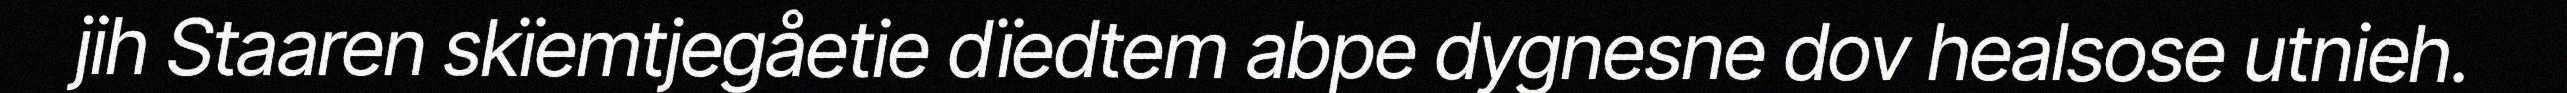
jih Staaren skïemtjegåetie dïedtem abpe dygnesne dov healsose utnieh.